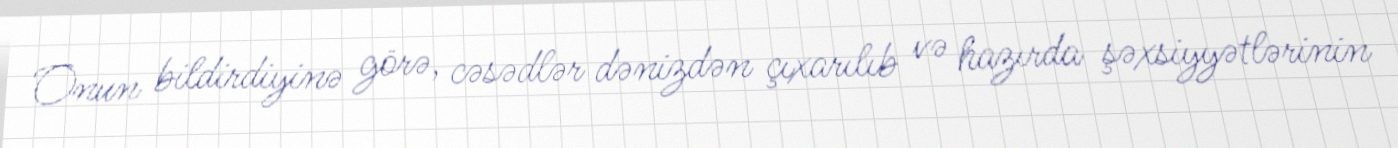
Onun bildirdiyinə görə, cəsədlər dənizdən çıxarılıb və hazırda şəxsiyyətlərinin